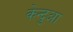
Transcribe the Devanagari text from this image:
केन्‍दुआ